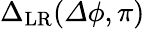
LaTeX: {\Delta}_{\mathrm{LR}}({\mathit\Delta\phi},\pi)